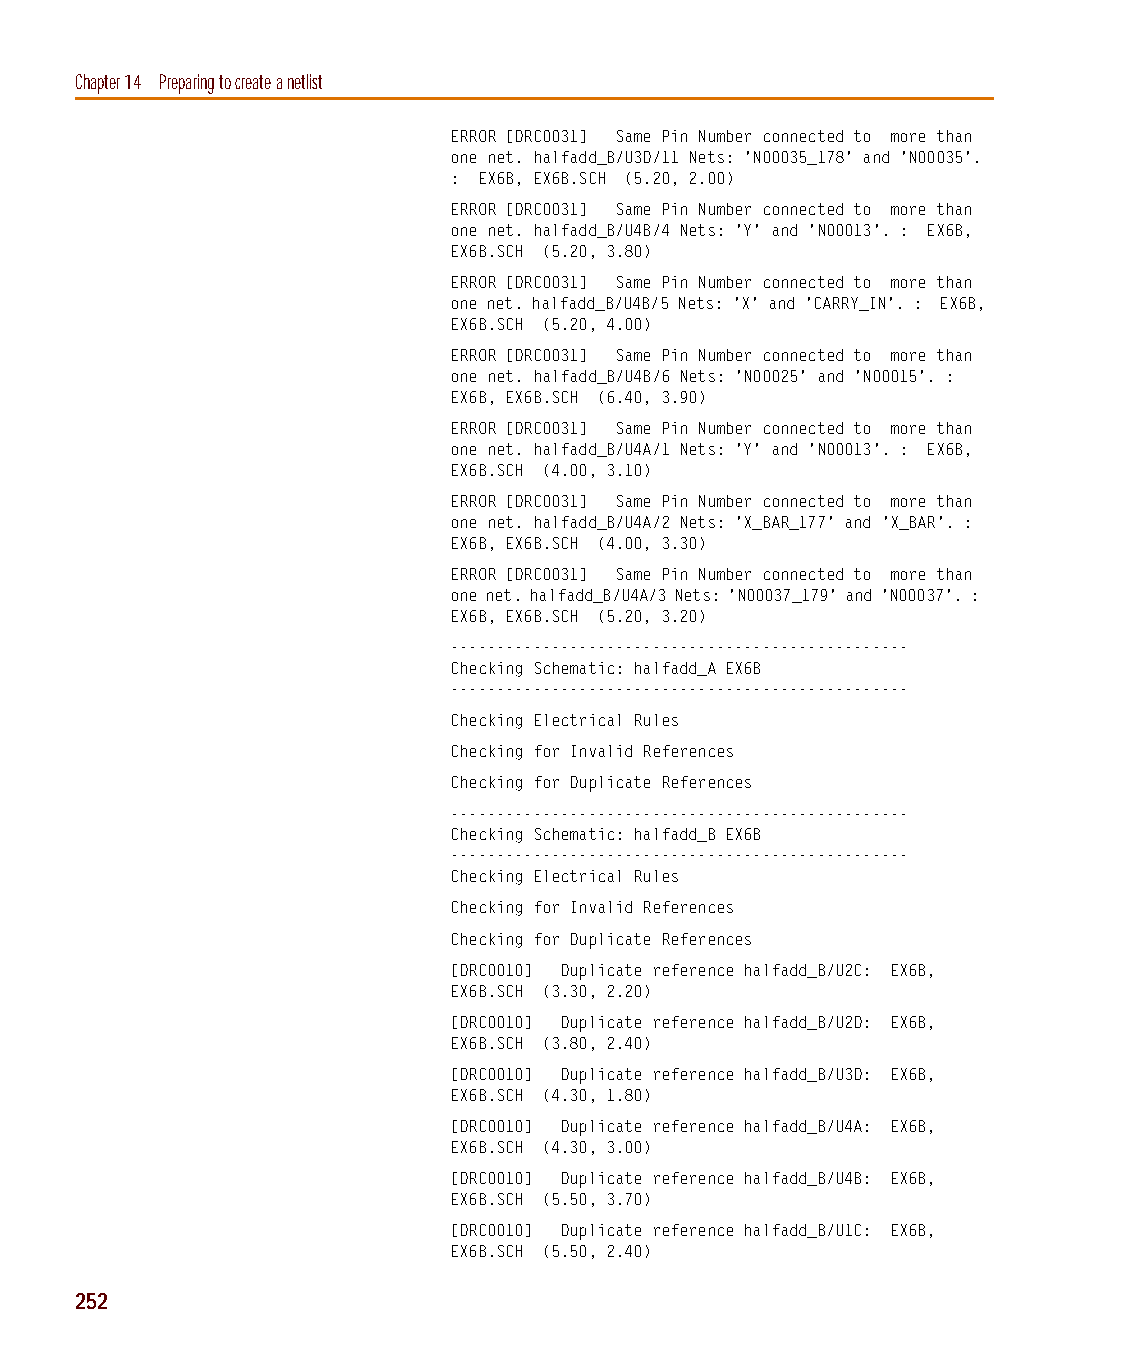
capug.book Page 252 Thursday, November 12, 1998 3:38 PM
 Chapter 14 Preparing to create a netlist
 ERROR [DRC0031] Same Pin Number connected to more than
 one net. halfadd_B/U3D/11 Nets: 'N00035_178' and 'N00035'.
 : EX6B, EX6B.SCH (5.20, 2.00)
 ERROR [DRC0031] Same Pin Number connected to more than
 one net. halfadd_B/U4B/4 Nets: 'Y' and 'N00013'. : EX6B,
 EX6B.SCH (5.20, 3.80)
 ERROR [DRC0031] Same Pin Number connected to more than
 one net. halfadd_B/U4B/5 Nets: 'X' and 'CARRY_IN'. : EX6B,
 EX6B.SCH (5.20, 4.00)
 ERROR [DRC0031] Same Pin Number connected to more than
 one net. halfadd_B/U4B/6 Nets: 'N00025' and 'N00015'. :
 EX6B, EX6B.SCH (6.40, 3.90)
 ERROR [DRC0031] Same Pin Number connected to more than
 one net. halfadd_B/U4A/1 Nets: 'Y' and 'N00013'. : EX6B,
 EX6B.SCH (4.00, 3.10)
 ERROR [DRC0031] Same Pin Number connected to more than
 one net. halfadd_B/U4A/2 Nets: 'X_BAR_177' and 'X_BAR'. :
 EX6B, EX6B.SCH (4.00, 3.30)
 ERROR [DRC0031] Same Pin Number connected to more than
 one net. halfadd_B/U4A/3 Nets: 'N00037_179' and 'N00037'. :
 EX6B, EX6B.SCH (5.20, 3.20)
 --------------------------------------------------
 Checking Schematic: halfadd_A EX6B
 --------------------------------------------------
 Checking Electrical Rules
 Checking for Invalid References
 Checking for Duplicate References
 --------------------------------------------------
 Checking Schematic: halfadd_B EX6B
 --------------------------------------------------
 Checking Electrical Rules
 Checking for Invalid References
 Checking for Duplicate References
 [DRC0010] Duplicate reference halfadd_B/U2C: EX6B,
 EX6B.SCH (3.30, 2.20)
 [DRC0010] Duplicate reference halfadd_B/U2D: EX6B,
 EX6B.SCH (3.80, 2.40)
 [DRC0010] Duplicate reference halfadd_B/U3D: EX6B,
 EX6B.SCH (4.30, 1.80)
 [DRC0010] Duplicate reference halfadd_B/U4A: EX6B,
 EX6B.SCH (4.30, 3.00)
 [DRC0010] Duplicate reference halfadd_B/U4B: EX6B,
 EX6B.SCH (5.50, 3.70)
 [DRC0010] Duplicate reference halfadd_B/U1C: EX6B,
 EX6B.SCH (5.50, 2.40)
 252